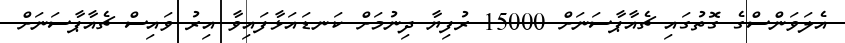
އެލަވަންސްގެ ގޮތުގައި ޗެއާޕާސަނަށް 15000 ރުފިޔާ ދިނުމަށް ކަނޑައަޅާފައިވާ އިރު ވައިސް ޗެއާޕާސަނަށް